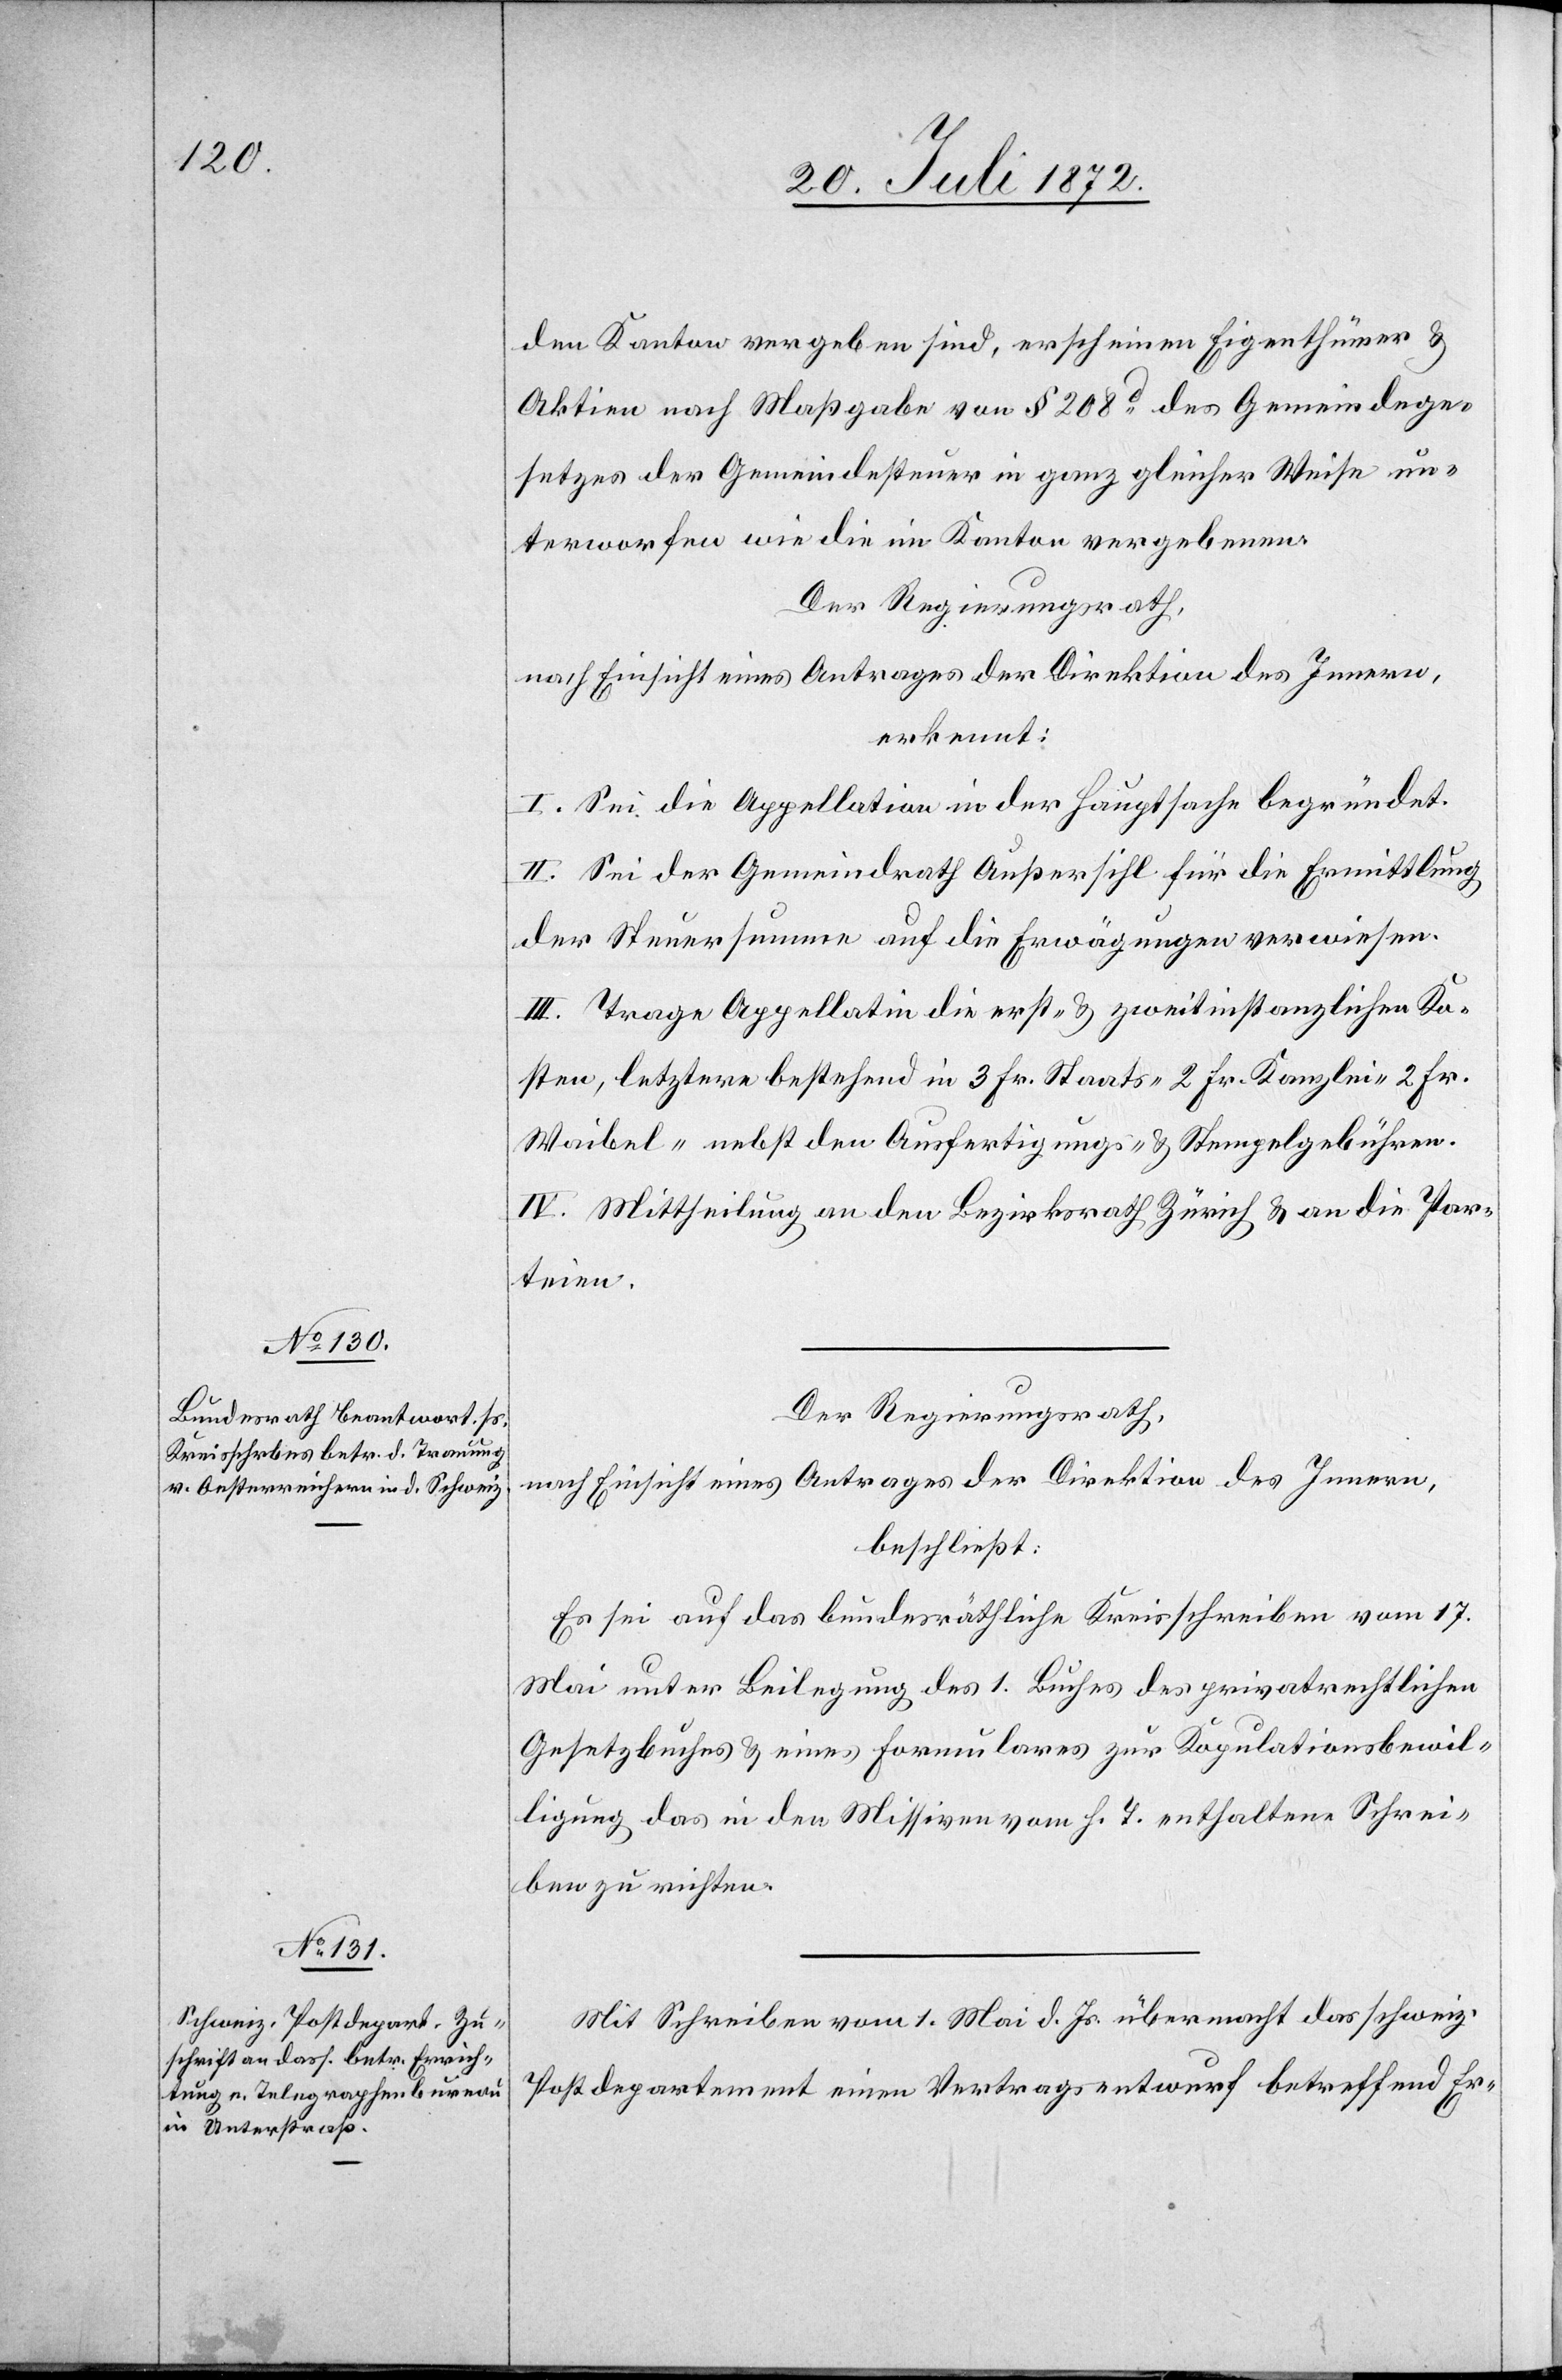
den Kanton vergeben sind, erscheinen Eigenthümer u.
Aktien nach Maßgabe von § 209d des Gemeindege¬
setzes der Gemeindesteuer in ganz gleicher Weise un¬
terworfen wie die im Kanton vergebenen.
Der Regierungsrath,
nach Einsicht eines Antrages der Direktion des Innern,
erkennt:
I. Sei die Appellation in der Hauptsache begründet.
II. Sei der Gemeindrath Außersihl für die Ermittlung
der Steuersumme auf die Erwägungen verwiesen.
III. Trage Appellatin die erst- u. zweitinstanzlichen Ko¬
sten, letztere bestehend in 3 Fr. Staats-[,] 2 Fr. Kanzlei-[,] 2 Fr.
Waibel- nebst den Ausfertigungs- u. Stempelgebühren.
IV. Mittheilung an den Bezirksrath Zürich u. an die Par¬
teien.
Der Regierungsrath,
nach Einsicht eines Antrages der Direktion des Innern,
beschließt:
Es sei auf das bundesräthliche Kreisschreiben vom 17.
Mai unter Beilegung des 1. Buches des privatrechtlichen
Gesetzbuches u. eines Formulares zur Kopulationsbewil¬
ligung das in den Missiven vom h. T. enthaltene Schrei¬
ben zu richten.
Mit Schreiben vom 1. Mai d. Js. übermacht das schweiz.
Postdepartement einen Vertragsentwurf betreffend Er-